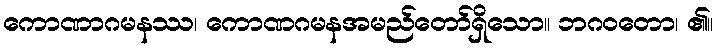
ကောဏာဂမနဿ၊ ကောဏဂမနအမည်တော်ရှိသော။ ဘဂဝတော၊ ၏။